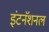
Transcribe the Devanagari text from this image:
इंटनॅशनल